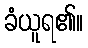
ခံယူရ၏။